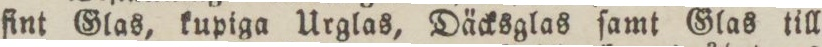
fint Glas, kupiga Urglas, Däcksglas ſamt Glas till